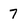
Character: 7